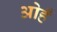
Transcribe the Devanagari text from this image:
ओहँ